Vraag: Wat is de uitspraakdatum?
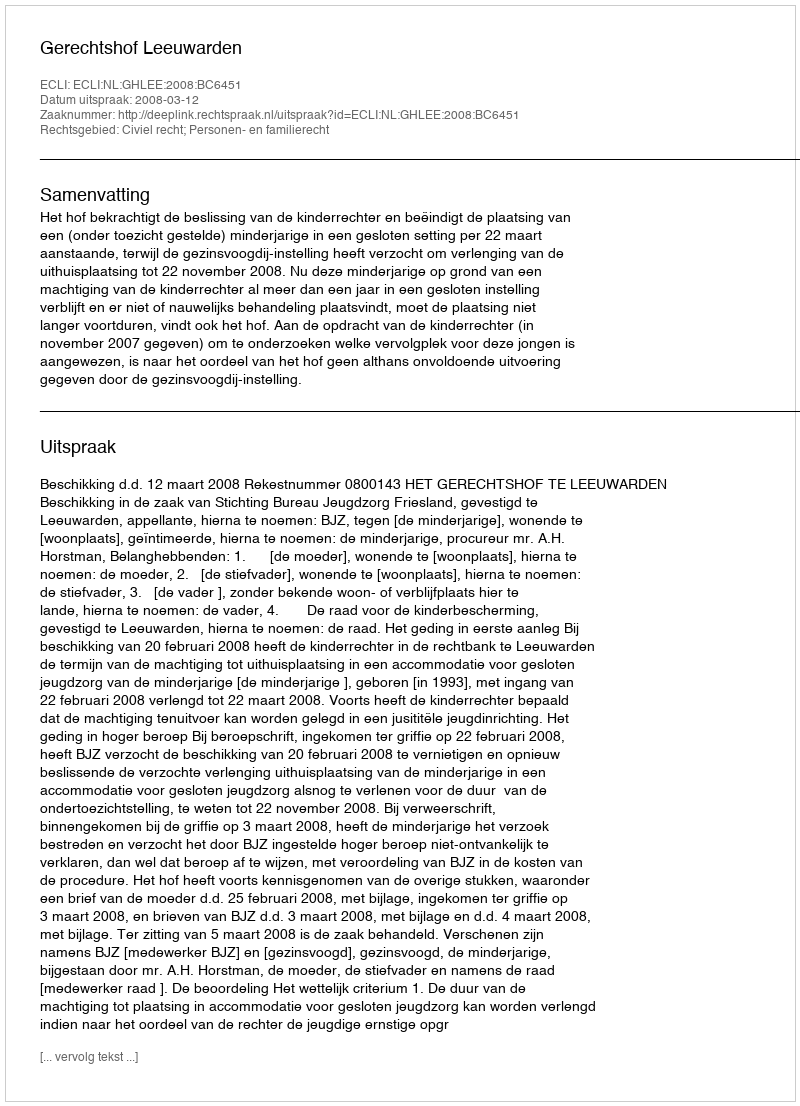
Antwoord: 2008-03-12